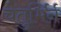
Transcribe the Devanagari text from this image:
चतुर्भिर्न